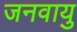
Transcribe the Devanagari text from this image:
जनवायु